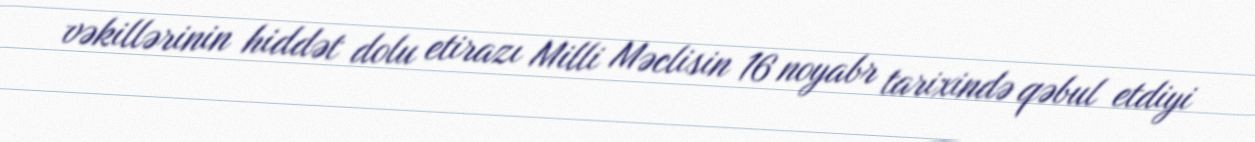
vəkillərinin hiddət dolu etirazı Milli Məclisin 16 noyabr tarixində qəbul etdiyi